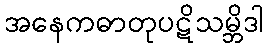
အနေကဓာတုပဋိသမ္ဘိဒါ